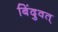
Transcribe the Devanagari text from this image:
बिंदुवत्